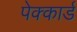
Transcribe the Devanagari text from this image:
पेक्कार्ड